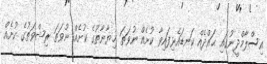
އިސްލާމްދީނުގައި ޙައްދެއް ކަނޑައެޅިފައިވާ ކުށެއް ނުވަތަ ޚިޔާނާތުގެ ކުށެއް ނުވަތަ ރިޝްވަތުގެ ކުށެއް